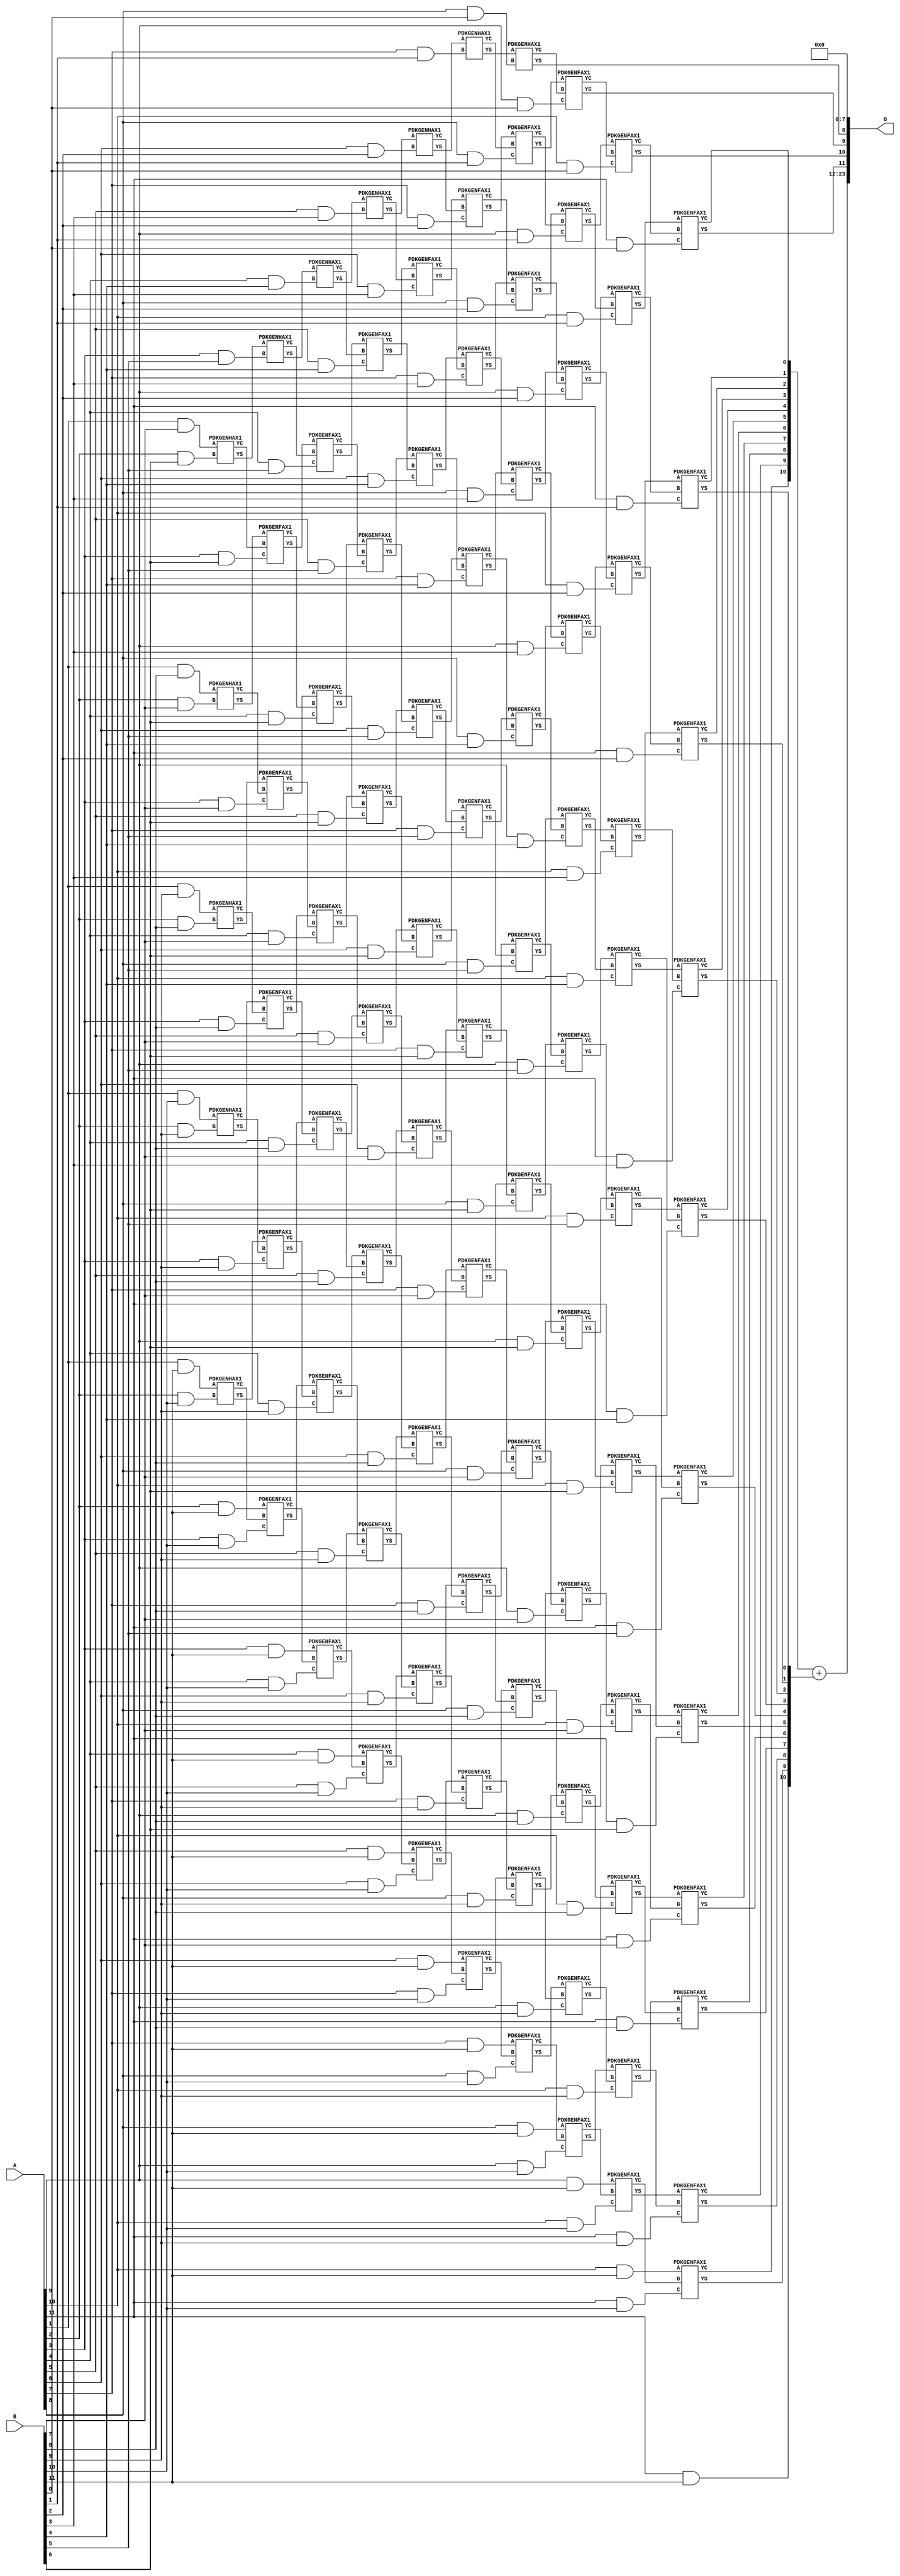
/***
* This code is a part of EvoApproxLib library (ehw.fit.vutbr.cz/approxlib) distributed under The MIT License.
* When used, please cite the following article(s): PRABAKARAN B. S., MRAZEK V., VASICEK Z., SEKANINA L., SHAFIQUE M. ApproxFPGAs: Embracing ASIC-based Approximate Arithmetic Components for FPGA-Based Systems. DAC 2020. 
***/
// MAE% = 0.0084 %
// MAE = 1408 
// WCE% = 0.034 %
// WCE = 5633 
// WCRE% = 100.00 %
// EP% = 98.23 %
// MRE% = 0.22 %
// MSE = 37859.022e2 
// FPGA_POWER = 2.4
// FPGA_DELAY = 13
// FPGA_LUT = 141


module mul12u_2XL ( A, B, O );
  input [11:0] A;
  input [11:0] B;
  output [23:0] O;

  wire C_10_0,C_10_1,C_10_10,C_10_2,C_10_3,C_10_4,C_10_5,C_10_6,C_10_7,C_10_8,C_10_9,C_11_0,C_11_1,C_11_10,C_11_2,C_11_3,C_11_4,C_11_5,C_11_6,C_11_7,C_11_8,C_11_9,C_2_10,C_2_6,C_2_7,C_2_8,C_2_9,C_3_10,C_3_5,C_3_6,C_3_7,C_3_8,C_3_9,C_4_10,C_4_4,C_4_5,C_4_6,C_4_7,C_4_8,C_4_9,C_5_10,C_5_3,C_5_4,C_5_5,C_5_6,C_5_7,C_5_8,C_5_9,C_6_10,C_6_2,C_6_3,C_6_4,C_6_5,C_6_6,C_6_7,C_6_8,C_6_9,C_7_1,C_7_10,C_7_2,C_7_3,C_7_4,C_7_5,C_7_6,C_7_7,C_7_8,C_7_9,C_8_0,C_8_1,C_8_10,C_8_2,C_8_3,C_8_4,C_8_5,C_8_6,C_8_7,C_8_8,C_8_9,C_9_0,C_9_1,C_9_10,C_9_2,C_9_3,C_9_4,C_9_5,C_9_6,C_9_7,C_9_8,C_9_9,S_10_0,S_10_1,S_10_10,S_10_11,S_10_2,S_10_3,S_10_4,S_10_5,S_10_6,S_10_7,S_10_8,S_10_9,S_11_0,S_11_1,S_11_10,S_11_11,S_11_2,S_11_3,S_11_4,S_11_5,S_11_6,S_11_7,S_11_8,S_11_9,S_12_0,S_12_1,S_12_10,S_12_11,S_12_2,S_12_3,S_12_4,S_12_5,S_12_6,S_12_7,S_12_8,S_12_9,S_1_10,S_1_11,S_1_7,S_1_8,S_1_9,S_2_10,S_2_11,S_2_6,S_2_7,S_2_8,S_2_9,S_3_10,S_3_11,S_3_5,S_3_6,S_3_7,S_3_8,S_3_9,S_4_10,S_4_11,S_4_4,S_4_5,S_4_6,S_4_7,S_4_8,S_4_9,S_5_10,S_5_11,S_5_3,S_5_4,S_5_5,S_5_6,S_5_7,S_5_8,S_5_9,S_6_10,S_6_11,S_6_2,S_6_3,S_6_4,S_6_5,S_6_6,S_6_7,S_6_8,S_6_9,S_7_1,S_7_10,S_7_11,S_7_2,S_7_3,S_7_4,S_7_5,S_7_6,S_7_7,S_7_8,S_7_9,S_8_0,S_8_1,S_8_10,S_8_11,S_8_2,S_8_3,S_8_4,S_8_5,S_8_6,S_8_7,S_8_8,S_8_9,S_9_0,S_9_1,S_9_10,S_9_11,S_9_2,S_9_3,S_9_4,S_9_5,S_9_6,S_9_7,S_9_8,S_9_9;

  assign S_1_7 = (A[1] & B[7]);
  assign S_1_8 = (A[1] & B[8]);
  assign S_1_9 = (A[1] & B[9]);
  assign S_1_10 = (A[1] & B[10]);
  assign S_1_11 = (A[1] & B[11]);
  PDKGENHAX1 U289177 (.A(S_1_7), .B((A[2] & B[6])), .YS(S_2_6), .YC(C_2_6));
  PDKGENHAX1 U289178 (.A(S_1_8), .B((A[2] & B[7])), .YS(S_2_7), .YC(C_2_7));
  PDKGENHAX1 U289179 (.A(S_1_9), .B((A[2] & B[8])), .YS(S_2_8), .YC(C_2_8));
  PDKGENHAX1 U289180 (.A(S_1_10), .B((A[2] & B[9])), .YS(S_2_9), .YC(C_2_9));
  PDKGENHAX1 U289181 (.A(S_1_11), .B((A[2] & B[10])), .YS(S_2_10), .YC(C_2_10));
  assign S_2_11 = (A[2] & B[11]);
  PDKGENHAX1 U289188 (.A(S_2_6), .B((A[3] & B[5])), .YS(S_3_5), .YC(C_3_5));
  PDKGENFAX1 U289189 (.A(S_2_7), .B(C_2_6), .C((A[3] & B[6])), .YS(S_3_6), .YC(C_3_6));
  PDKGENFAX1 U289190 (.A(S_2_8), .B(C_2_7), .C((A[3] & B[7])), .YS(S_3_7), .YC(C_3_7));
  PDKGENFAX1 U289191 (.A(S_2_9), .B(C_2_8), .C((A[3] & B[8])), .YS(S_3_8), .YC(C_3_8));
  PDKGENFAX1 U289192 (.A(S_2_10), .B(C_2_9), .C((A[3] & B[9])), .YS(S_3_9), .YC(C_3_9));
  PDKGENFAX1 U289193 (.A(S_2_11), .B(C_2_10), .C((A[3] & B[10])), .YS(S_3_10), .YC(C_3_10));
  assign S_3_11 = (A[3] & B[11]);
  PDKGENHAX1 U289199 (.A(S_3_5), .B((A[4] & B[4])), .YS(S_4_4), .YC(C_4_4));
  PDKGENFAX1 U289200 (.A(S_3_6), .B(C_3_5), .C((A[4] & B[5])), .YS(S_4_5), .YC(C_4_5));
  PDKGENFAX1 U289201 (.A(S_3_7), .B(C_3_6), .C((A[4] & B[6])), .YS(S_4_6), .YC(C_4_6));
  PDKGENFAX1 U289202 (.A(S_3_8), .B(C_3_7), .C((A[4] & B[7])), .YS(S_4_7), .YC(C_4_7));
  PDKGENFAX1 U289203 (.A(S_3_9), .B(C_3_8), .C((A[4] & B[8])), .YS(S_4_8), .YC(C_4_8));
  PDKGENFAX1 U289204 (.A(S_3_10), .B(C_3_9), .C((A[4] & B[9])), .YS(S_4_9), .YC(C_4_9));
  PDKGENFAX1 U289205 (.A(S_3_11), .B(C_3_10), .C((A[4] & B[10])), .YS(S_4_10), .YC(C_4_10));
  assign S_4_11 = (A[4] & B[11]);
  PDKGENHAX1 U289210 (.A(S_4_4), .B((A[5] & B[3])), .YS(S_5_3), .YC(C_5_3));
  PDKGENFAX1 U289211 (.A(S_4_5), .B(C_4_4), .C((A[5] & B[4])), .YS(S_5_4), .YC(C_5_4));
  PDKGENFAX1 U289212 (.A(S_4_6), .B(C_4_5), .C((A[5] & B[5])), .YS(S_5_5), .YC(C_5_5));
  PDKGENFAX1 U289213 (.A(S_4_7), .B(C_4_6), .C((A[5] & B[6])), .YS(S_5_6), .YC(C_5_6));
  PDKGENFAX1 U289214 (.A(S_4_8), .B(C_4_7), .C((A[5] & B[7])), .YS(S_5_7), .YC(C_5_7));
  PDKGENFAX1 U289215 (.A(S_4_9), .B(C_4_8), .C((A[5] & B[8])), .YS(S_5_8), .YC(C_5_8));
  PDKGENFAX1 U289216 (.A(S_4_10), .B(C_4_9), .C((A[5] & B[9])), .YS(S_5_9), .YC(C_5_9));
  PDKGENFAX1 U289217 (.A(S_4_11), .B(C_4_10), .C((A[5] & B[10])), .YS(S_5_10), .YC(C_5_10));
  assign S_5_11 = (A[5] & B[11]);
  PDKGENHAX1 U289221 (.A(S_5_3), .B((A[6] & B[2])), .YS(S_6_2), .YC(C_6_2));
  PDKGENFAX1 U289222 (.A(S_5_4), .B(C_5_3), .C((A[6] & B[3])), .YS(S_6_3), .YC(C_6_3));
  PDKGENFAX1 U289223 (.A(S_5_5), .B(C_5_4), .C((A[6] & B[4])), .YS(S_6_4), .YC(C_6_4));
  PDKGENFAX1 U289224 (.A(S_5_6), .B(C_5_5), .C((A[6] & B[5])), .YS(S_6_5), .YC(C_6_5));
  PDKGENFAX1 U289225 (.A(S_5_7), .B(C_5_6), .C((A[6] & B[6])), .YS(S_6_6), .YC(C_6_6));
  PDKGENFAX1 U289226 (.A(S_5_8), .B(C_5_7), .C((A[6] & B[7])), .YS(S_6_7), .YC(C_6_7));
  PDKGENFAX1 U289227 (.A(S_5_9), .B(C_5_8), .C((A[6] & B[8])), .YS(S_6_8), .YC(C_6_8));
  PDKGENFAX1 U289228 (.A(S_5_10), .B(C_5_9), .C((A[6] & B[9])), .YS(S_6_9), .YC(C_6_9));
  PDKGENFAX1 U289229 (.A(S_5_11), .B(C_5_10), .C((A[6] & B[10])), .YS(S_6_10), .YC(C_6_10));
  assign S_6_11 = (A[6] & B[11]);
  PDKGENHAX1 U289232 (.A(S_6_2), .B((A[7] & B[1])), .YS(S_7_1), .YC(C_7_1));
  PDKGENFAX1 U289233 (.A(S_6_3), .B(C_6_2), .C((A[7] & B[2])), .YS(S_7_2), .YC(C_7_2));
  PDKGENFAX1 U289234 (.A(S_6_4), .B(C_6_3), .C((A[7] & B[3])), .YS(S_7_3), .YC(C_7_3));
  PDKGENFAX1 U289235 (.A(S_6_5), .B(C_6_4), .C((A[7] & B[4])), .YS(S_7_4), .YC(C_7_4));
  PDKGENFAX1 U289236 (.A(S_6_6), .B(C_6_5), .C((A[7] & B[5])), .YS(S_7_5), .YC(C_7_5));
  PDKGENFAX1 U289237 (.A(S_6_7), .B(C_6_6), .C((A[7] & B[6])), .YS(S_7_6), .YC(C_7_6));
  PDKGENFAX1 U289238 (.A(S_6_8), .B(C_6_7), .C((A[7] & B[7])), .YS(S_7_7), .YC(C_7_7));
  PDKGENFAX1 U289239 (.A(S_6_9), .B(C_6_8), .C((A[7] & B[8])), .YS(S_7_8), .YC(C_7_8));
  PDKGENFAX1 U289240 (.A(S_6_10), .B(C_6_9), .C((A[7] & B[9])), .YS(S_7_9), .YC(C_7_9));
  PDKGENFAX1 U289241 (.A(S_6_11), .B(C_6_10), .C((A[7] & B[10])), .YS(S_7_10), .YC(C_7_10));
  assign S_7_11 = (A[7] & B[11]);
  PDKGENHAX1 U289243 (.A(S_7_1), .B((A[8] & B[0])), .YS(S_8_0), .YC(C_8_0));
  PDKGENFAX1 U289244 (.A(S_7_2), .B(C_7_1), .C((A[8] & B[1])), .YS(S_8_1), .YC(C_8_1));
  PDKGENFAX1 U289245 (.A(S_7_3), .B(C_7_2), .C((A[8] & B[2])), .YS(S_8_2), .YC(C_8_2));
  PDKGENFAX1 U289246 (.A(S_7_4), .B(C_7_3), .C((A[8] & B[3])), .YS(S_8_3), .YC(C_8_3));
  PDKGENFAX1 U289247 (.A(S_7_5), .B(C_7_4), .C((A[8] & B[4])), .YS(S_8_4), .YC(C_8_4));
  PDKGENFAX1 U289248 (.A(S_7_6), .B(C_7_5), .C((A[8] & B[5])), .YS(S_8_5), .YC(C_8_5));
  PDKGENFAX1 U289249 (.A(S_7_7), .B(C_7_6), .C((A[8] & B[6])), .YS(S_8_6), .YC(C_8_6));
  PDKGENFAX1 U289250 (.A(S_7_8), .B(C_7_7), .C((A[8] & B[7])), .YS(S_8_7), .YC(C_8_7));
  PDKGENFAX1 U289251 (.A(S_7_9), .B(C_7_8), .C((A[8] & B[8])), .YS(S_8_8), .YC(C_8_8));
  PDKGENFAX1 U289252 (.A(S_7_10), .B(C_7_9), .C((A[8] & B[9])), .YS(S_8_9), .YC(C_8_9));
  PDKGENFAX1 U289253 (.A(S_7_11), .B(C_7_10), .C((A[8] & B[10])), .YS(S_8_10), .YC(C_8_10));
  assign S_8_11 = (A[8] & B[11]);
  PDKGENFAX1 U289255 (.A(S_8_1), .B(C_8_0), .C((A[9] & B[0])), .YS(S_9_0), .YC(C_9_0));
  PDKGENFAX1 U289256 (.A(S_8_2), .B(C_8_1), .C((A[9] & B[1])), .YS(S_9_1), .YC(C_9_1));
  PDKGENFAX1 U289257 (.A(S_8_3), .B(C_8_2), .C((A[9] & B[2])), .YS(S_9_2), .YC(C_9_2));
  PDKGENFAX1 U289258 (.A(S_8_4), .B(C_8_3), .C((A[9] & B[3])), .YS(S_9_3), .YC(C_9_3));
  PDKGENFAX1 U289259 (.A(S_8_5), .B(C_8_4), .C((A[9] & B[4])), .YS(S_9_4), .YC(C_9_4));
  PDKGENFAX1 U289260 (.A(S_8_6), .B(C_8_5), .C((A[9] & B[5])), .YS(S_9_5), .YC(C_9_5));
  PDKGENFAX1 U289261 (.A(S_8_7), .B(C_8_6), .C((A[9] & B[6])), .YS(S_9_6), .YC(C_9_6));
  PDKGENFAX1 U289262 (.A(S_8_8), .B(C_8_7), .C((A[9] & B[7])), .YS(S_9_7), .YC(C_9_7));
  PDKGENFAX1 U289263 (.A(S_8_9), .B(C_8_8), .C((A[9] & B[8])), .YS(S_9_8), .YC(C_9_8));
  PDKGENFAX1 U289264 (.A(S_8_10), .B(C_8_9), .C((A[9] & B[9])), .YS(S_9_9), .YC(C_9_9));
  PDKGENFAX1 U289265 (.A(S_8_11), .B(C_8_10), .C((A[9] & B[10])), .YS(S_9_10), .YC(C_9_10));
  assign S_9_11 = (A[9] & B[11]);
  PDKGENFAX1 U289267 (.A(S_9_1), .B(C_9_0), .C((A[10] & B[0])), .YS(S_10_0), .YC(C_10_0));
  PDKGENFAX1 U289268 (.A(S_9_2), .B(C_9_1), .C((A[10] & B[1])), .YS(S_10_1), .YC(C_10_1));
  PDKGENFAX1 U289269 (.A(S_9_3), .B(C_9_2), .C((A[10] & B[2])), .YS(S_10_2), .YC(C_10_2));
  PDKGENFAX1 U289270 (.A(S_9_4), .B(C_9_3), .C((A[10] & B[3])), .YS(S_10_3), .YC(C_10_3));
  PDKGENFAX1 U289271 (.A(S_9_5), .B(C_9_4), .C((A[10] & B[4])), .YS(S_10_4), .YC(C_10_4));
  PDKGENFAX1 U289272 (.A(S_9_6), .B(C_9_5), .C((A[10] & B[5])), .YS(S_10_5), .YC(C_10_5));
  PDKGENFAX1 U289273 (.A(S_9_7), .B(C_9_6), .C((A[10] & B[6])), .YS(S_10_6), .YC(C_10_6));
  PDKGENFAX1 U289274 (.A(S_9_8), .B(C_9_7), .C((A[10] & B[7])), .YS(S_10_7), .YC(C_10_7));
  PDKGENFAX1 U289275 (.A(S_9_9), .B(C_9_8), .C((A[10] & B[8])), .YS(S_10_8), .YC(C_10_8));
  PDKGENFAX1 U289276 (.A(S_9_10), .B(C_9_9), .C((A[10] & B[9])), .YS(S_10_9), .YC(C_10_9));
  PDKGENFAX1 U289277 (.A(S_9_11), .B(C_9_10), .C((A[10] & B[10])), .YS(S_10_10), .YC(C_10_10));
  assign S_10_11 = (A[10] & B[11]);
  PDKGENFAX1 U289279 (.A(S_10_1), .B(C_10_0), .C((A[11] & B[0])), .YS(S_11_0), .YC(C_11_0));
  PDKGENFAX1 U289280 (.A(S_10_2), .B(C_10_1), .C((A[11] & B[1])), .YS(S_11_1), .YC(C_11_1));
  PDKGENFAX1 U289281 (.A(S_10_3), .B(C_10_2), .C((A[11] & B[2])), .YS(S_11_2), .YC(C_11_2));
  PDKGENFAX1 U289282 (.A(S_10_4), .B(C_10_3), .C((A[11] & B[3])), .YS(S_11_3), .YC(C_11_3));
  PDKGENFAX1 U289283 (.A(S_10_5), .B(C_10_4), .C((A[11] & B[4])), .YS(S_11_4), .YC(C_11_4));
  PDKGENFAX1 U289284 (.A(S_10_6), .B(C_10_5), .C((A[11] & B[5])), .YS(S_11_5), .YC(C_11_5));
  PDKGENFAX1 U289285 (.A(S_10_7), .B(C_10_6), .C((A[11] & B[6])), .YS(S_11_6), .YC(C_11_6));
  PDKGENFAX1 U289286 (.A(S_10_8), .B(C_10_7), .C((A[11] & B[7])), .YS(S_11_7), .YC(C_11_7));
  PDKGENFAX1 U289287 (.A(S_10_9), .B(C_10_8), .C((A[11] & B[8])), .YS(S_11_8), .YC(C_11_8));
  PDKGENFAX1 U289288 (.A(S_10_10), .B(C_10_9), .C((A[11] & B[9])), .YS(S_11_9), .YC(C_11_9));
  PDKGENFAX1 U289289 (.A(S_10_11), .B(C_10_10), .C((A[11] & B[10])), .YS(S_11_10), .YC(C_11_10));
  assign S_11_11 = (A[11] & B[11]);
  assign {S_12_11, S_12_10, S_12_9, S_12_8, S_12_7, S_12_6, S_12_5, S_12_4, S_12_3, S_12_2, S_12_1, S_12_0} = {C_11_10, C_11_9, C_11_8, C_11_7, C_11_6, C_11_5, C_11_4, C_11_3, C_11_2, C_11_1, C_11_0} + {S_11_11, S_11_10, S_11_9, S_11_8, S_11_7, S_11_6, S_11_5, S_11_4, S_11_3, S_11_2, S_11_1};
  assign O = {S_12_11,S_12_10,S_12_9,S_12_8,S_12_7,S_12_6,S_12_5,S_12_4,S_12_3,S_12_2,S_12_1,S_12_0,S_11_0,S_10_0,S_9_0,S_8_0,1'b0,1'b0,1'b0,1'b0,1'b0,1'b0,1'b0,1'b0};

endmodule

/* mod */
module PDKGENHAX1( input A, input B, output YS, output YC );
    assign YS = A ^ B;
    assign YC = A & B;
endmodule
/* mod */
module PDKGENFAX1( input A, input B, input C, output YS, output YC );
    assign YS = (A ^ B) ^ C;
    assign YC = (A & B) | (B & C) | (A & C);
endmodule